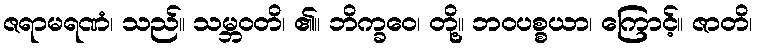
ဇရာမရဏံ၊ သည်။ သမ္ဘဝတိ၊ ၏။ ဘိက္ခဝေ၊ တို့။ ဘဝပစ္စယာ၊ ကြောင့်။ ဇာတိ၊